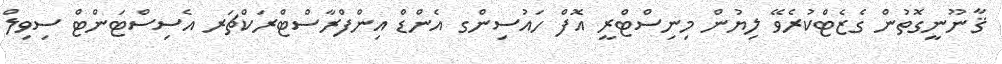
ޤާނޫނީގޮތުން ގެޒެޓްކުރެވޭ ލިޔުން މިނިސްޓްރީ އޮފް ހައުސިންގ އެންޑް އިންފްރާސްޓްރަކްޗަރ އެސިސްޓަންޓް ސިވިލް